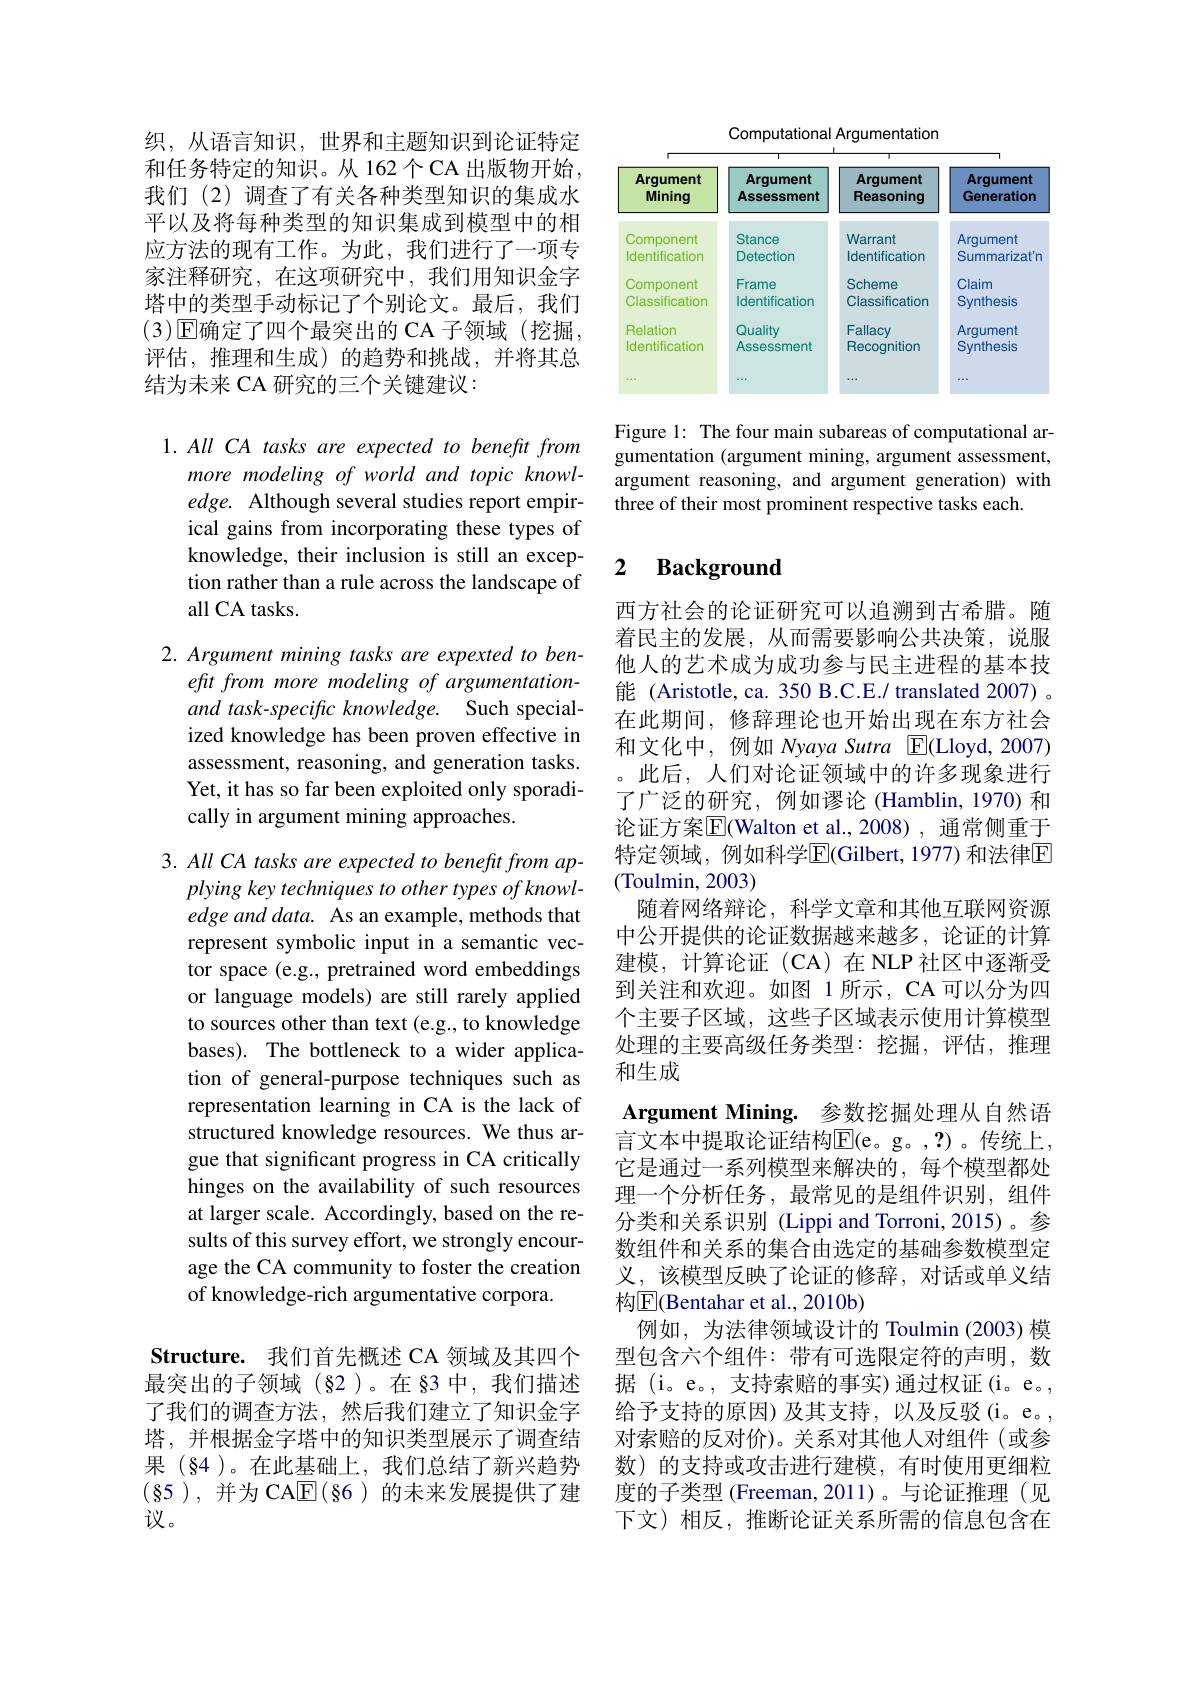
织，从语言知识，世界和主题知识到论证特定和任务特定的知识。从 162个CA 出版物开始， 我们(2)调查了有关各种类型知识的集成水平以及将每种类型的知识集成到模型中的相应方法的现有工作。为此，我们进行了一项专家注释研究，在这项研究中，我们用知识金字塔中的类型手动标记了个别论文。最后，我们(3)$\operatorname{E\text{确定了四个最突出的 CA 子领域(挖掘，}}$ 评估，推理和生成)的趋势和挑战，并将其总结为未来 CA 研究的三个关键建议：

1. All CA tasks are expected to benefit from
more modeling of world and topic knowledge. Although several studies report empirical gains from incorporating these types of knowledge, their inclusion is still an exception rather than a rule across the landscape of all CA tasks.

2. Argument mining tasks are expexted to ben-
efit from more modeling of argumentationand task-specific knowledge. Such specialized knowledge has been proven effective in assessment, reasoning, and generation tasks. Yet, it has so far been exploited only sporadically in argument mining approaches.

3. All CA tasks are expected to benefit from ap-
plying key techniques to other types of knowledge and data. As an example, methods that represent symbolic input in a semantic vector space (e.g., pretrained word embeddings or language models) are still rarely applied to sources other than text (e.g., to knowledge bases). The bottleneck to a wider application of general-purpose techniques such as representation learning in CA is the lack of structured knowledge resources. We thus argue that significant progress in CA critically hinges on the availability of such resources at larger scale. Accordingly, based on the results of this survey effort, we strongly encourage the CA community to foster the creation of knowledge-rich argumentative corpora.

Structure. 我们首先概述 CA 领域及其四个最突出的子领域(§2)。在 §3 中，我们描述了我们的调查方法，然后我们建立了知识金字塔，并根据金字塔中的知识类型展示了调查结果(§4)。在此基础上，我们总结了新兴趋势(85),并为 CA$\overline{\mathbb{E}}(\S6)$ 的未来发展提供了建议。

Computational Argumentation

<FigureHere>

Figure 1: The four main subareas of computational argumentation (argument mining, argument assessment, argument reasoning, and argument generation) with three of their most prominent respective tasks each.

### 2 $\textbf{Background}$

西方社会的论证研究可以追溯到古希腊。随着民主的发展，从而需要影响公共决策，说服他人的艺术成为成功参与民主进程的基本技能 (Aristotle, ca. 350 B.C.E./ translated 2007) 。在此期间，修辞理论也开始出现在东方社会和文化中，例如 Nyaya Sutra E(Lloyd,2007) 。此后，人们对论证领域中的许多现象进行了广泛的研究，例如谬论(Hamblin,1970)和论证方案$\overline{\mathrm{E}}$(Walton et al.,2008),通常侧重于特定领域，例如科学$\overline{\mathrm{E}}($Gilbert, 1977)和法律$\overline{\mathrm{E}}$ (Toulmin, 2003)
随着网络辩论，科学文章和其他互联网资源中公开提供的论证数据越来越多，论证的计算建模，计算论证(CA)在NLP社区中逐渐受到关注和欢迎。如图 1 所示，CA 可以分为四个主要子区域，这些子区域表示使用计算模型处理的主要高级任务类型：挖掘，评估，推理和生成
Argument Mining. 参数挖掘处理从自然语言文本中提取论证结构$\mathbb{E}($e。g。,?)。传统上， 它是通过一系列模型来解决的，每个模型都处理一个分析任务，最常见的是组件识别，组件分类和关系识别 (Lippi and Torroni,2015)。参数组件和关系的集合由选定的基础参数模型定义，该模型反映了论证的修辞，对话或单义结构$\overline{\mathrm{E}}($Bentahar et al., 2010b)
例如，为法律领域设计的 Toulmin (2003) 模型包含六个组件：带有可选限定符的声明，数据 (i。e。, 支持索赔的事实)通过权证(i。e。, 给予支持的原因)及其支持，以及反驳(i。e。, 对索赔的反对价)。关系对其他人对组件(或参数)的支持或攻击进行建模，有时使用更细粒度的子类型 (Freeman,2011)。与论证推理(见下文)相反，推断论证关系所需的信息包含在